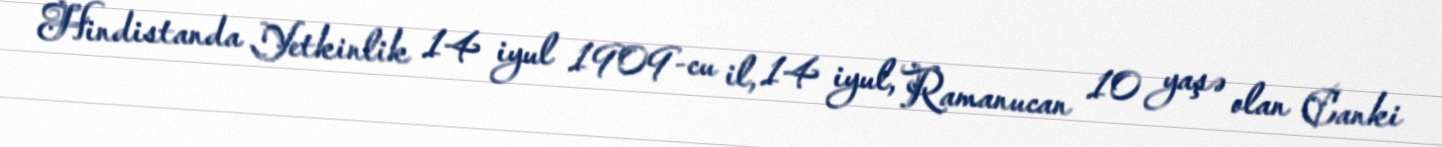
Hindistanda Yetkinlik 14 iyul 1909-cu il, 14 iyul, Ramanucan 10 yaşə olan Canki